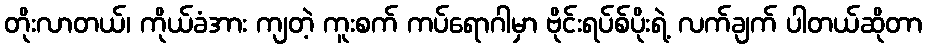
တိုးလာတယ်၊ ကိုယ်ခံအား ကျတဲ့ ကူးစက် ကပ်ရောဂါမှာ ဗိုင်းရပ်စ်ပိုးရဲ့ လက်ချက် ပါတယ်ဆိုတာ